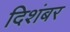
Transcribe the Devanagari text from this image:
दिशंबर